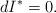
LaTeX: \begin{align*} dI^\ast=0.\end{align*}